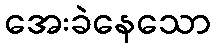
အေးခဲနေသော